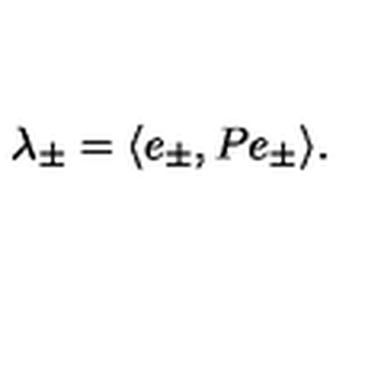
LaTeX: \lambda _ { \pm } = \langle e _ { \pm } , P e _ { \pm } \rangle .